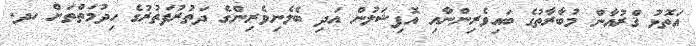
އަތޮޅު ޤްރުއާން މުބާރާތުގެ ބައިވެރިންނާއި އޮފިޝަލުން އަދި ބެލެނިވެރިންގެ ދަތުރުފަތުރުގެ ހިދުމަތްތަށް ހދ.